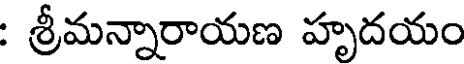
: శ్రీమన్నారాయణ హృదయం